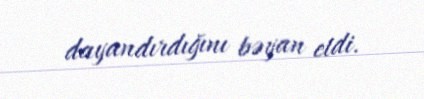
dayandırdığını bəyan etdi.